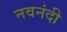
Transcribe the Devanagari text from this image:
नवनंदी